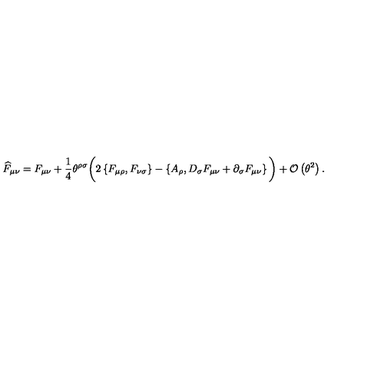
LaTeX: \widehat { F } _ { \mu \nu } = F _ { \mu \nu } + \frac { 1 } { 4 } \theta ^ { \rho \sigma } \bigg ( 2 \left\{ F _ { \mu \rho } , F _ { \nu \sigma } \right\} - \left\{ A _ { \rho } , D _ { \sigma } F _ { \mu \nu } + \partial _ { \sigma } F _ { \mu \nu } \right\} \bigg ) + { \cal O } \left( \theta ^ { 2 } \right) .